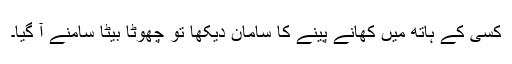
کسی کے ہاتھ میں کھانے پینے کا سامان دیکھا تو چھوٹا بیٹا سامنے آ گیا۔